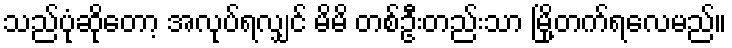
သည်ပုံဆိုတော့ အလုပ်ရလျှင် မိမိ တစ်ဦးတည်းသာ မြို့တက်ရလေမည်။